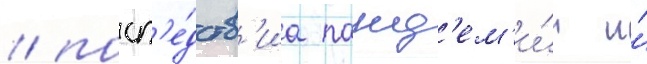
/ посл'е́дств'иа панд'ем'и́и и́